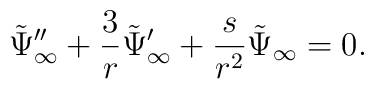
\tilde \Psi_\infty'' + {3 \over r} \tilde \Psi_\infty' + {s \over r^2} \tilde \Psi_\infty=0.